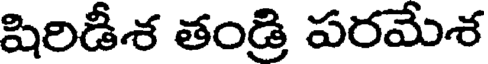
షిరిడీశ తండ్రి పరమేశ